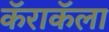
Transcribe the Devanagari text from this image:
कॅराकॅला